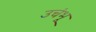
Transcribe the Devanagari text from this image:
उचंभू